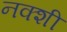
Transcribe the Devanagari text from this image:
नक्शी